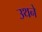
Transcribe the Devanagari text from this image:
उथने